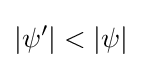
|\psi ^{\prime }|<|\psi |